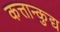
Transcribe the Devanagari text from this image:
कत्तान्कुद्य